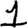
Digit: 1